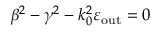
\beta ^ { 2 } - \gamma ^ { 2 } - k _ { 0 } ^ { 2 } \varepsilon _ { \mathrm { o u t } } = 0